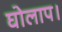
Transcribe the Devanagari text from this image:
घोलाप।